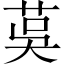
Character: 茣